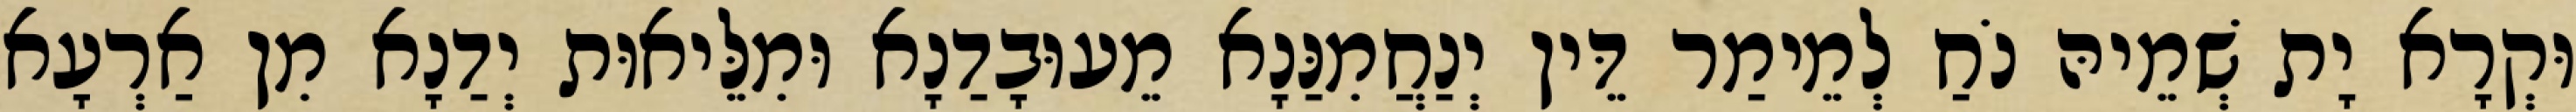
וּקְרָא יָת שְׁמֵיהּ נֹחַ לְמֵימַר דֵּין יְנַחֲמִנַּנָא מֵעוּבָדַנָא וּמִלֵּיאוּת יְדַנָא מִן אַרְעָא